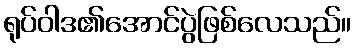
ရုပ်ဝါဒ၏အောင်ပွဲဖြစ်လေသည်။